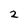
Character: 2